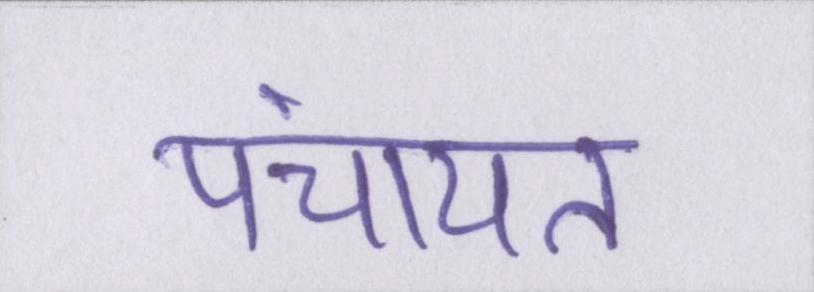
पंचायत